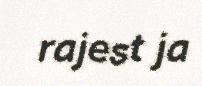
rajest ja